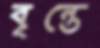
বৃন্তে